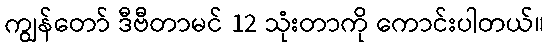
ကျွန်တော် ဒီဗီတာမင် 12 သုံးတာကို ကောင်းပါတယ်။